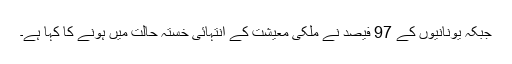
جبکہ یونانیوں کے 97 فیصد نے ملکی معیشت کے انتہائی خستہ حالت میں ہونے کا کہا ہے۔